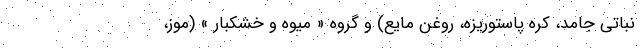
نباتی جامد، کره پاستوریزه، روغن مایع) و گروه « میوه و خشکبار » (موز،